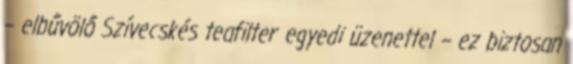
– elbűvölő Szívecskés teafilter egyedi üzenettel – ez biztosan